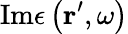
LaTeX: \mathrm{Im}\epsilon\left(\mathbf{r}^{\prime},\omega\right)